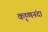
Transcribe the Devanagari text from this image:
कृष्णनंदा